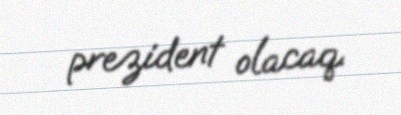
prezident olacaq.